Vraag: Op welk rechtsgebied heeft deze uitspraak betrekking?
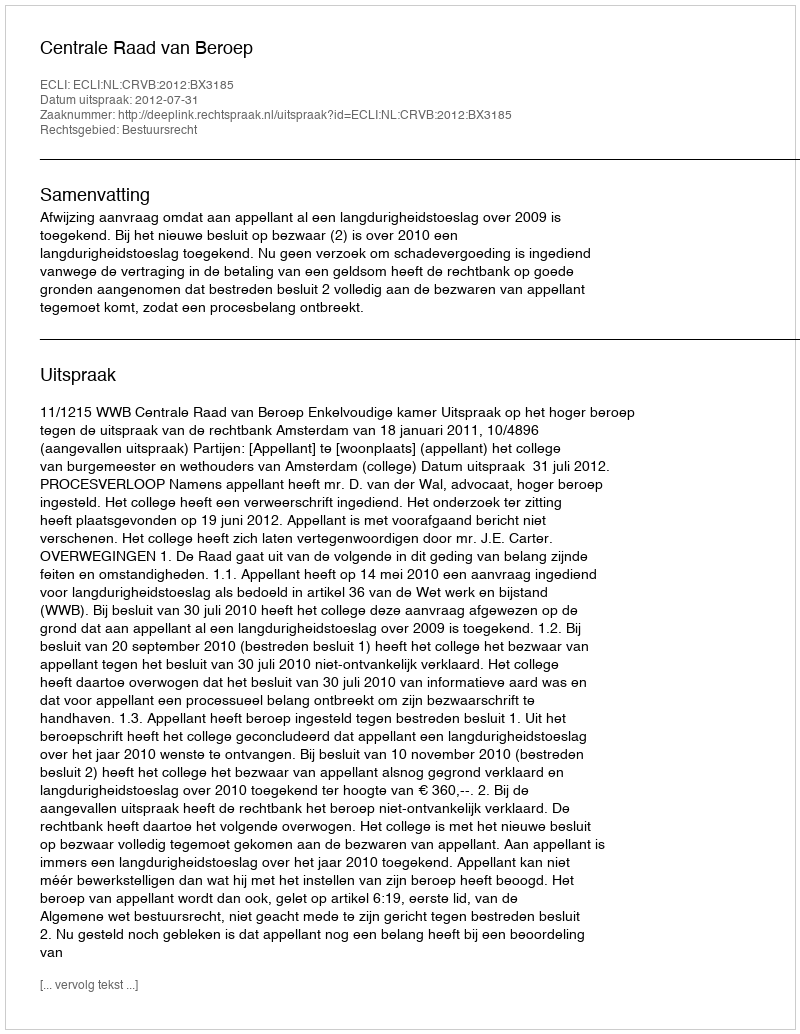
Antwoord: Bestuursrecht